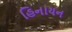
હિનાયન